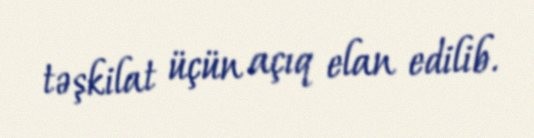
təşkilat üçün açıq elan edilib.